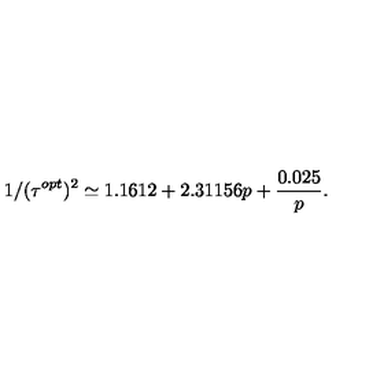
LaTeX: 1 / ( \tau ^ { o p t } ) ^ { 2 } \simeq 1 . 1 6 1 2 + 2 . 3 1 1 5 6 p + { \frac { 0 . 0 2 5 } { p } } .